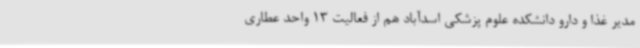
مدیر غذا و دارو دانشکده علوم پزشکی اسدآباد هم از فعالیت 13 واحد عطاری